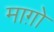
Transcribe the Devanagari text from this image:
माग़ो